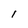
Character: l